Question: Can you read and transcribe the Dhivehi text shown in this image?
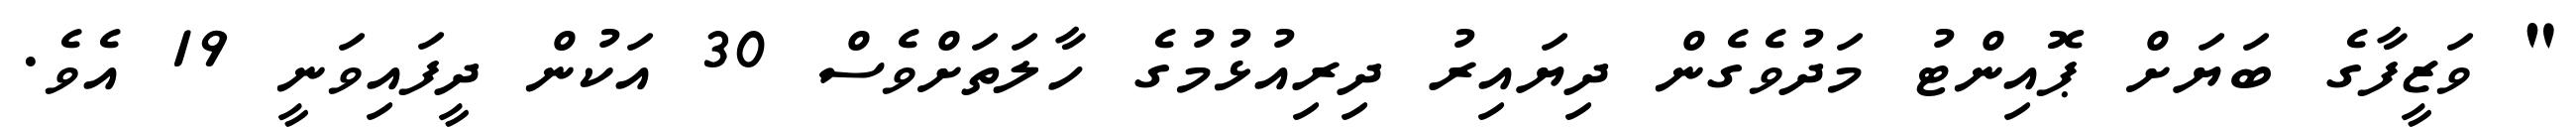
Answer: " ވަޒީފާގެ ބަޔަށް ޕޮއިންޓު މަދުވެގެން ދިޔައިރު ދިރިއުޅުމުގެ ހާލަތަށްވެސް 30 އަކުން ދީފައިވަނީ 19 އެވެ.